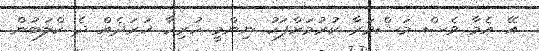
އޭ އެމާ ވެސް މަޝްވަރާ ކުރުމަށްފަހު ނިންމީ ހުރިހާ ޚަރަދެއް ދެ ކްލަބުން